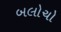
બલોચો